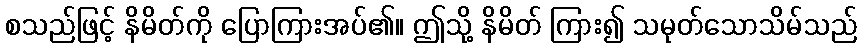
စသည်ဖြင့် နိမိတ်ကို ပြောကြားအပ်၏။ ဤသို့ နိမိတ် ကြား၍ သမုတ်သောသိမ်သည်